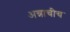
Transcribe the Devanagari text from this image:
अन्नाचीच